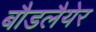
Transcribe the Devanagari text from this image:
बौडलैयेर